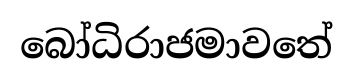
බෝධිරාජමාවතේ